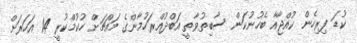
ކުޑަ ފިރިހެން ކުއްޖާއާ ބެހުނުކަން ސާބިތުވާތީ އަބްދުއްރަހުމާންގެ މައްޗަށް ހުކުމްކުރީ 14 އަހަރަށް